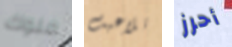
ملوك تلاعبت أحرز